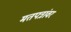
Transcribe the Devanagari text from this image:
मतपत्रांवर